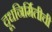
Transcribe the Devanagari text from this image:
दूधनिर्मितीची